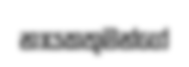
නායකතුමන්ගේ